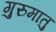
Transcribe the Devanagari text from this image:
गुरुमातु